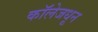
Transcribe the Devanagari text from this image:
कॉलेजधून